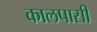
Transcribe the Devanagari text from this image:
कालपासी